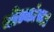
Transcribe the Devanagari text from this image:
धोत्र्यांचा